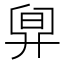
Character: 𣆼